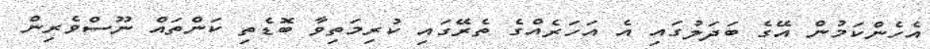
އެހެންކަމުން އޭގެ ބަދަލުގައި އެ އަހަރެއްގެ ތެރޭގައި ކުރިމަތިވާ ބޮޑެތި ކަންތައް ނޫސްވެރިން